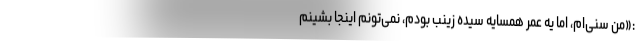
:«من سُنی‌ام، اما یه عمر همسایه سیده زینب بودم، نمی‌تونم اینجا بشینم